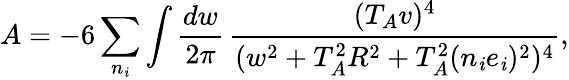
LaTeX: A=-6\sum_{n_{\mathit{i}}}\int\frac{{dw}}{{2\pi}}\, \frac{{(T_{A}v)^{4}}}{{(w^{2}+T_{A}^{2}R^{2}+T_{A}^{2}(n_{\mathit{i}}e_{\mathit{i}})^{2})^{4}}},